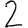
Digit: 2